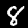
Digit: 8